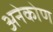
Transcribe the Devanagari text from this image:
अनेकोण